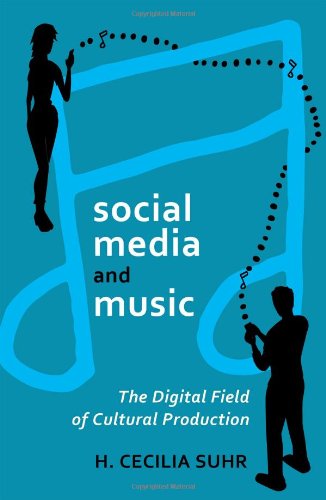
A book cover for social media and music: The Digital Field of Cultural Production (Digital Formations); H. Cecilia Suhr; Arts & Photography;